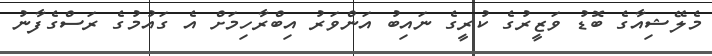
މެލޭޝިއާގެ ބޮޑު ވަޒީރުގެ ކުރީގެ ނައިބު އަންވަރު އިބްރާހިމަށް އެ ގައުމުގެ ރަސްގެފާނު